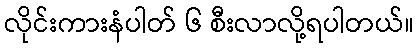
လိုင်းကားနံပါတ် ၆ စီးလာလို့ရပါတယ်။